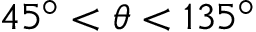
4 5 ^ { \circ } < \theta < 1 3 5 ^ { \circ }